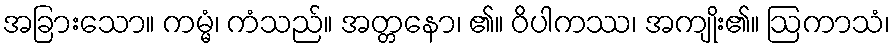
အခြားသော။ ကမ္မံ၊ ကံသည်။ အတ္တနော၊ ၏။ ဝိပါကဿ၊ အကျိုး၏။ ဩကာသံ၊